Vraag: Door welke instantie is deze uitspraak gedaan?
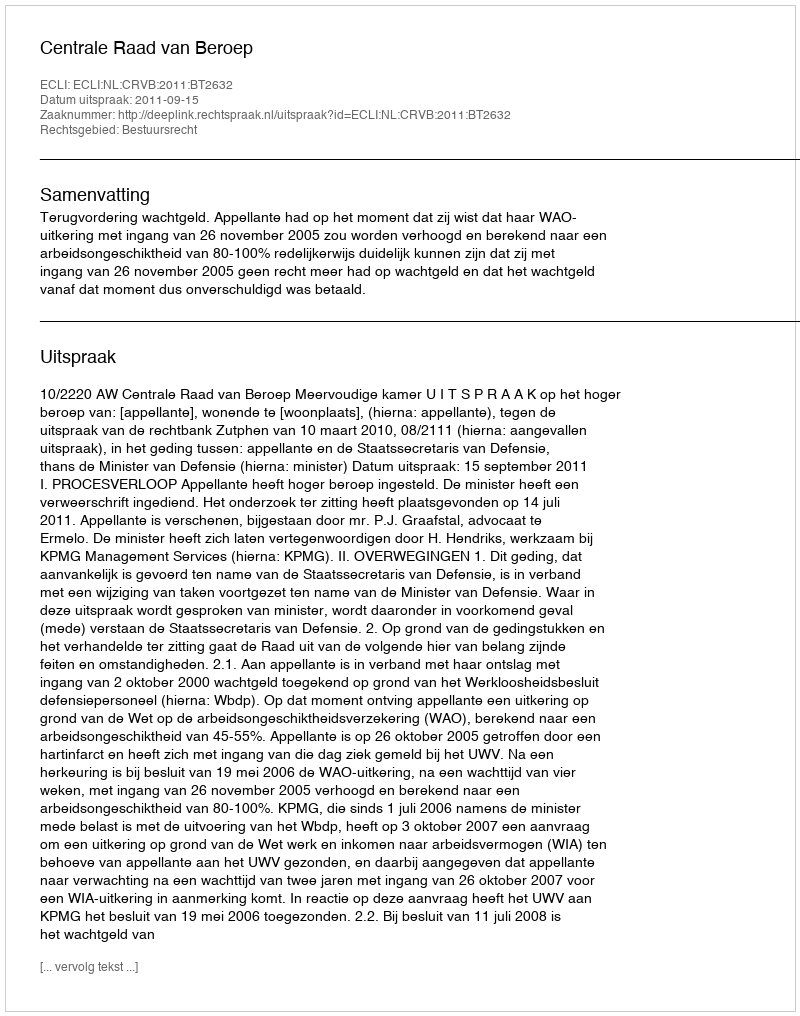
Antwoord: Centrale Raad van Beroep